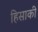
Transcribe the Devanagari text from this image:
हिसाकी